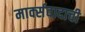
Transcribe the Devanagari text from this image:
मार्क्सवादाची